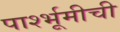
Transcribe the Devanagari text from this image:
पार्श्भूमीची